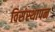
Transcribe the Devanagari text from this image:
विसंस्थापन